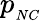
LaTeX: p_{_{NC}}